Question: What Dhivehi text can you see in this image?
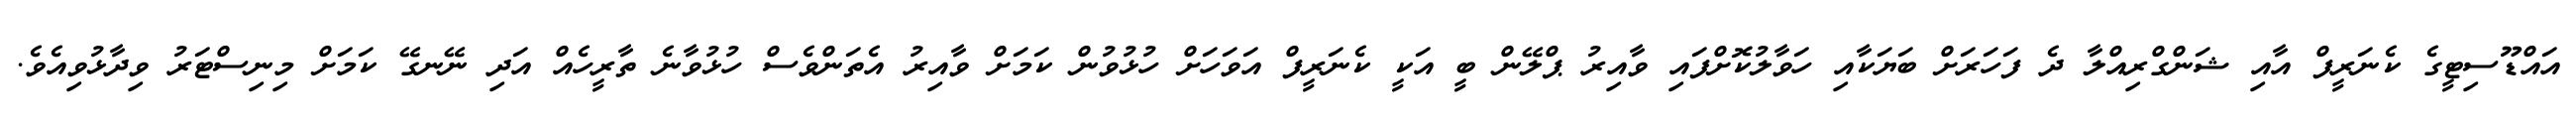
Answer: އައްޑޫސިޓީގެ ކެނަރީފް އާއި ޝަންގްރިއްލާ ދެ ފަހަރަށް ބަޔަކާއި ހަވާލުކޮށްފައި ވާއިރު ޕްލޭން ބީ އަކީ ކެނަރީފް އަވަހަށް ހުޅުވުން ކަމަށް ވާއިރު އެތަންވެސް ހުޅުވާނެ ތާރީހެއް އަދި ނޭނގޭ ކަމަށް މިނިސްޓަރު ވިދާޅުވިއެވެ.